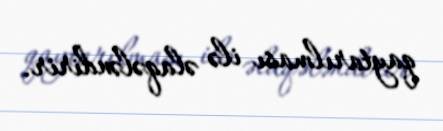
qaytarılması ilə əlaqələndirir.